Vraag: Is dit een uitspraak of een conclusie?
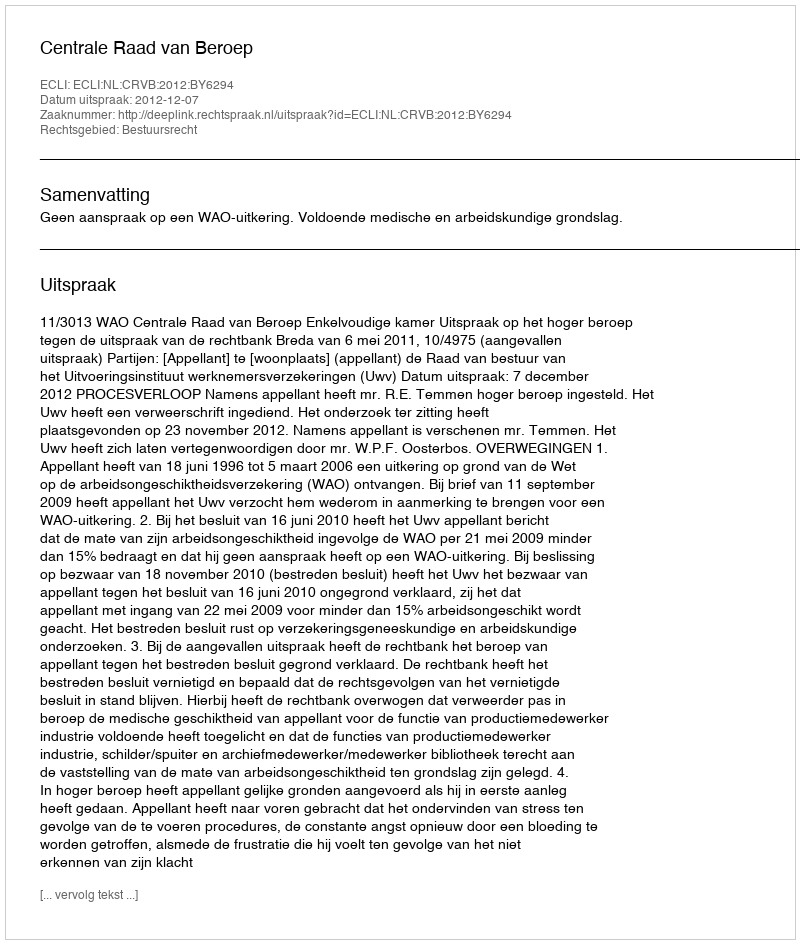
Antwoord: Uitspraak